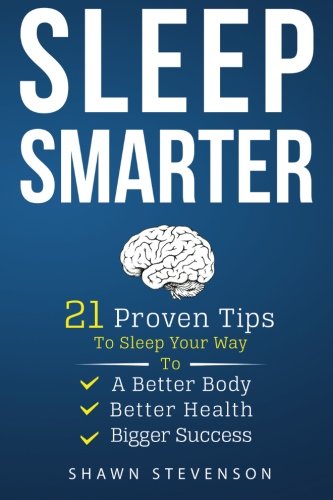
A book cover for Sleep Smarter: 21 Proven Tips to Sleep Your Way To a Better Body, Better Health and Bigger Success; Shawn Stevenson; Health, Fitness & Dieting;